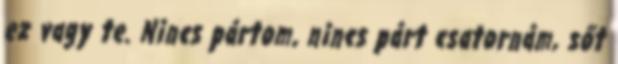
ez vagy te. Nincs pártom, nincs párt csatornám, sőt